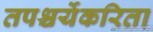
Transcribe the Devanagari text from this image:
तपश्चर्येकरिता